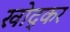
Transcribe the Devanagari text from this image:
खोद्कर